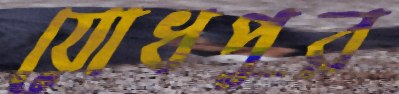
যোধপুর